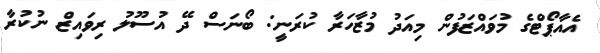
އެއާޕޯޓްގެ މުވައްޒަފުން މިއަދު މުޒާހަރާ ކުރަނީ: ބޯނަސް ދޭ އުސޫލު ރިވައިޒް ނުކުރާ